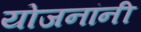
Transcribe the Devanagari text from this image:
योजनांनी